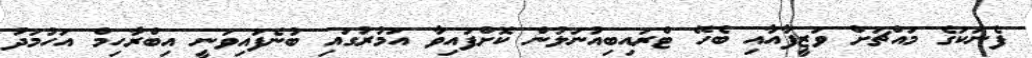
ފެނަކަގެ މައްޗަށް ވަޒީފާއާއި ބެހޭ ޓްރައިބިއުނަލުން ކޮށްފައިވާ އަމުރުގައި ބުނެފައިވަނީ އިބްރާހިމް އަހުމަދު